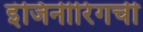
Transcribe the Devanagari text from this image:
इंजिनीरिंगची